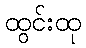
ထွင်းထု